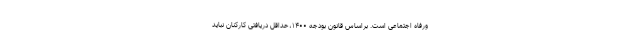
ورفاه اجتماعی است. براساس قانون بودجه ۱۴۰۰،حداقل دریافتی کارکنان نباید